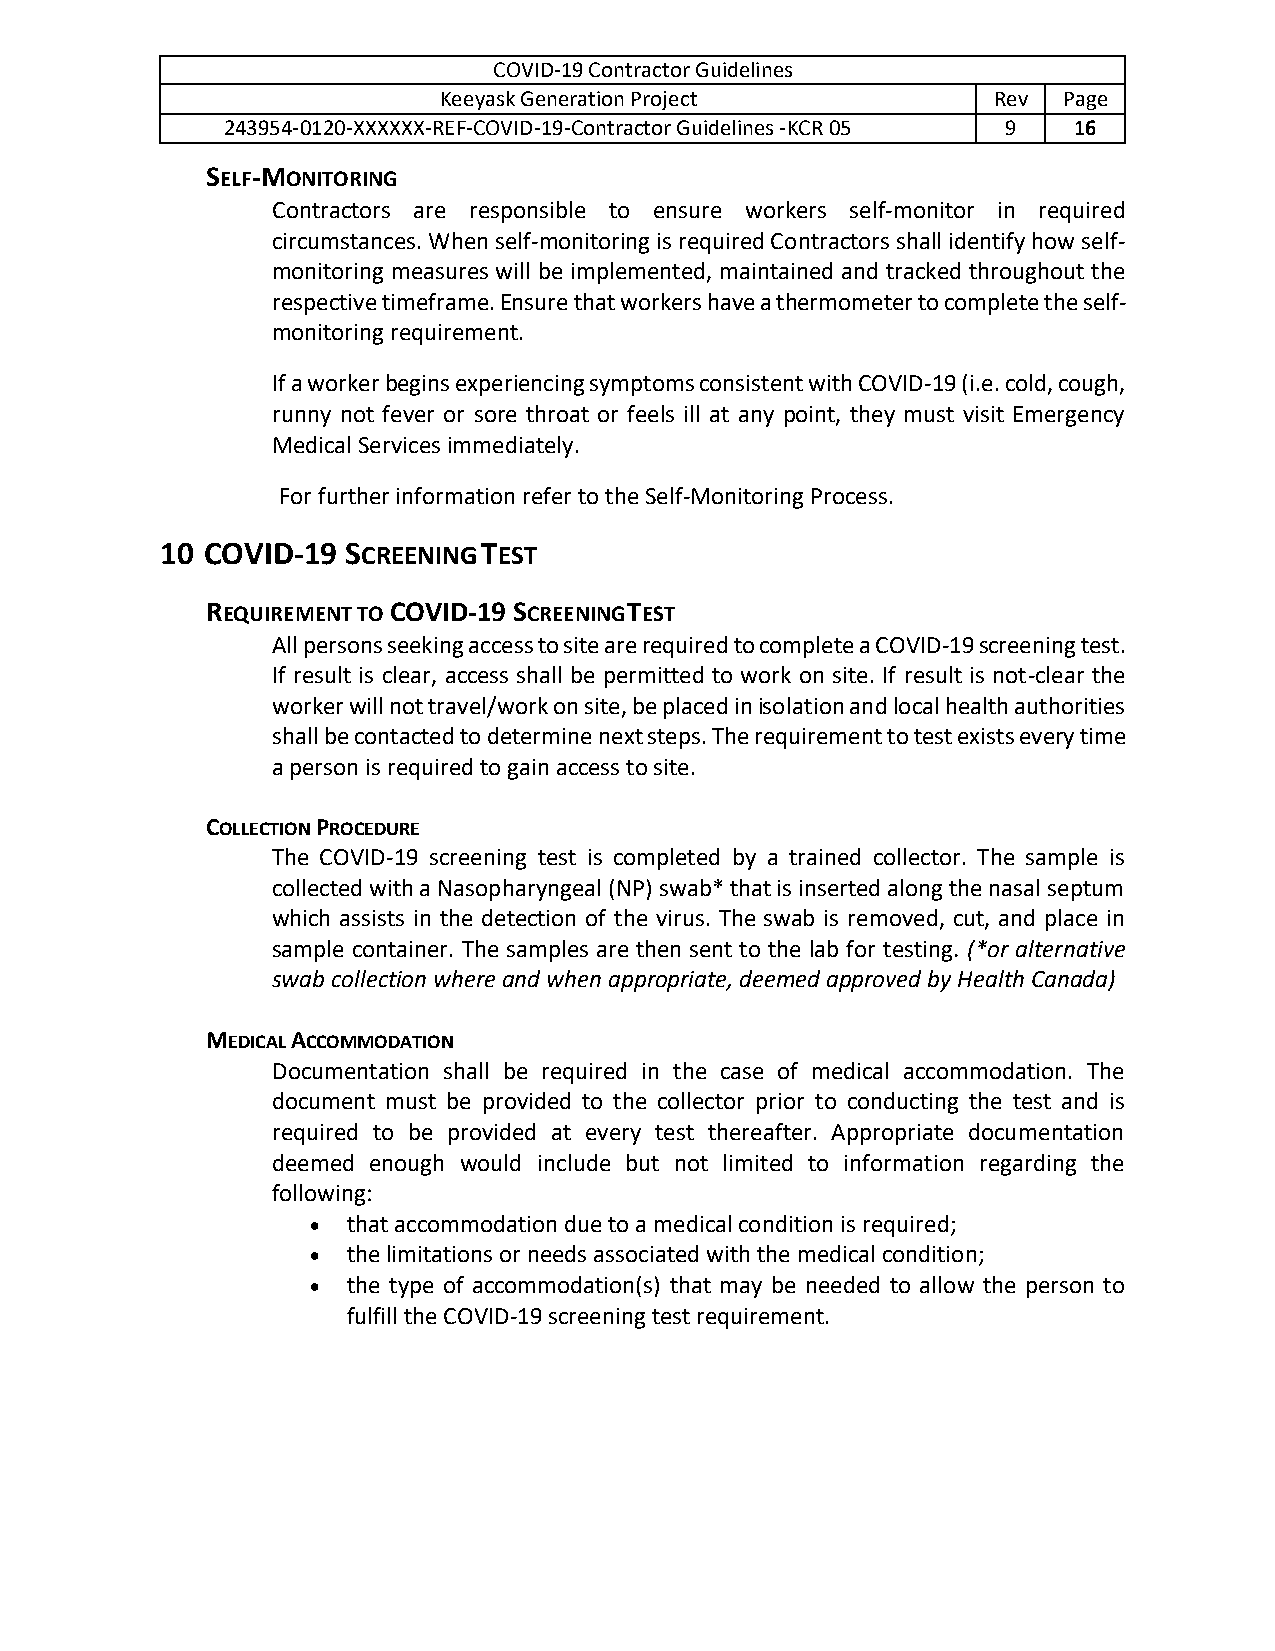
COVID-19 Contractor Guidelines
 Keeyask Generation Project           Rev Page
 243954-0120-XXXXXX-REF-COVID-19-Contractor Guidelines -KCR 05 9 16
 SELF-MONITORING
 Contractors are responsible to ensure workers self-monitor in required
 circumstances. When self-monitoring is required Contractors shall identify how self-
 monitoring measures will be implemented, maintained and tracked throughout the
 respective timeframe. Ensure that workers have a thermometer to complete the self-
 monitoring requirement.
 If a worker begins experiencing symptoms consistent with COVID-19 (i.e. cold, cough,
 runny not fever or sore throat or feels ill at any point, they must visit Emergency
 Medical Services immediately.
 For further information refer to the Self-Monitoring Process.
 10 COVID-19 SCREENING TEST
 REQUIREMENT TO COVID-19 SCREENING TEST
 All persons seeking access to site are required to complete a COVID-19 screening test.
 If result is clear, access shall be permitted to work on site. If result is not-clear the
 worker will not travel/work on site, be placed in isolation and local health authorities
 shall be contacted to determine next steps. The requirement to test exists every time
 a person is required to gain access to site.
 COLLECTION PROCEDURE
 The COVID-19 screening test is completed by a trained collector. The sample is
 collected with a Nasopharyngeal (NP) swab* that is inserted along the nasal septum
 which assists in the detection of the virus. The swab is removed, cut, and place in
 sample container. The samples are then sent to the lab for testing. (*or alternative
 swab collection where and when appropriate, deemed approved by Health Canada)
 MEDICAL ACCOMMODATION
 Documentation shall be required in the case of medical accommodation. The
 document must be provided to the collector prior to conducting the test and is
 required to be provided at every test thereafter. Appropriate documentation
 deemed enough would include but not limited to information regarding the
 following:
 •  that accommodation due to a medical condition is required;
 •  the limitations or needs associated with the medical condition;
 •  the type of accommodation(s) that may be needed to allow the person to
 fulfill the COVID-19 screening test requirement.